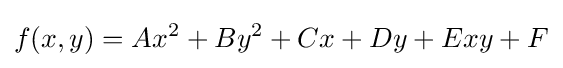
f(x,y)=Ax^{2}+By^{2}+Cx+Dy+Exy+F